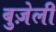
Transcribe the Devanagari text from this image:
बुज़ेली